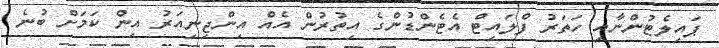
ޕައިލެޓުންނާއި ހަތަރު ފްލައިޓް އެޓެންޑުންގެ އިތުރުން އެއް އިންޖިނިއަރު އިން ކަމަށް ބުނެ